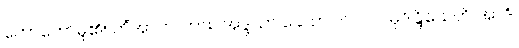
ဟောတော်မူ၏။ ကိံအာဟ၊ ကား။ အဒ္ဒသာ ခေါ ဘဂဝါ။ လ။ မုဒိန္ဒြိယေတိ အာဒိ၊